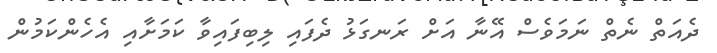
ދެއަތް ނެތް ނަމަވެސް އޭނާ އަށް ރަނގަޅު ދެފައި ލިބިފައިވާ ކަމަށާއި އެހެންކަމުން